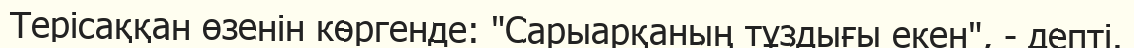
Терісаққан өзенін көргенде: "Сарыарқаның тұздығы екен", - депті.